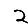
Digit: 2